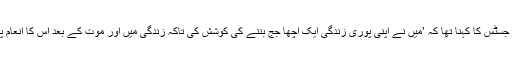
چیف جسٹس کا کہنا تھا کہ ’میں نے اپنی پوری زندگی ایک اچھا جج بننے کی کوشش کی تاکہ زندگی میں اور موت کے بعد اس کا انعام پاؤں‘۔